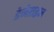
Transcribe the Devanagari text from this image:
डेजेराइन